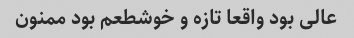
عالی بود واقعا تازه و خوشطعم بود ممنون